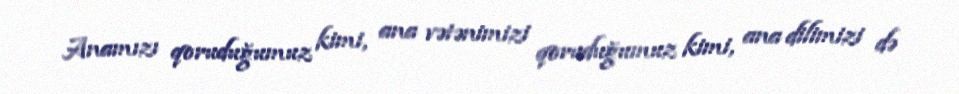
Anamızı qoruduğumuz kimi, ana vətənimizi qoruduğumuz kimi, ana dilimizi də